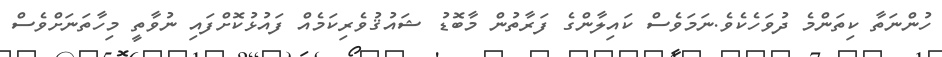
ހުންނަތާ ކިތަންމެ ދުވަހެކެވެ.ނަމަވެސް ކައިލާންގެ ފަރާތުން މާބޮޑު ޝައުޤުވެރިކަމެއް ފައުޅުކޮށްފައި ނުވާތީ މިހާތަނަށްވެސް